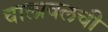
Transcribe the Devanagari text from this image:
वालावलची